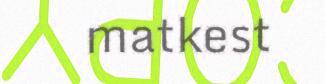
matkest